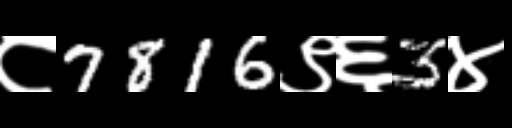
Text: ८7816९६3४